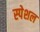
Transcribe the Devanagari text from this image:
स्‍पेशल